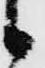
候